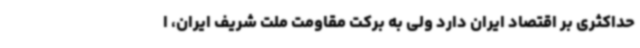
حداکثری بر اقتصاد ایران دارد ولی به برکت مقاومت ملت شریف ایران، ا